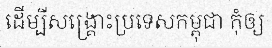
ដើម្បីសង្គ្រោះប្រទេសកម្ពុជា កុំឲ្យ